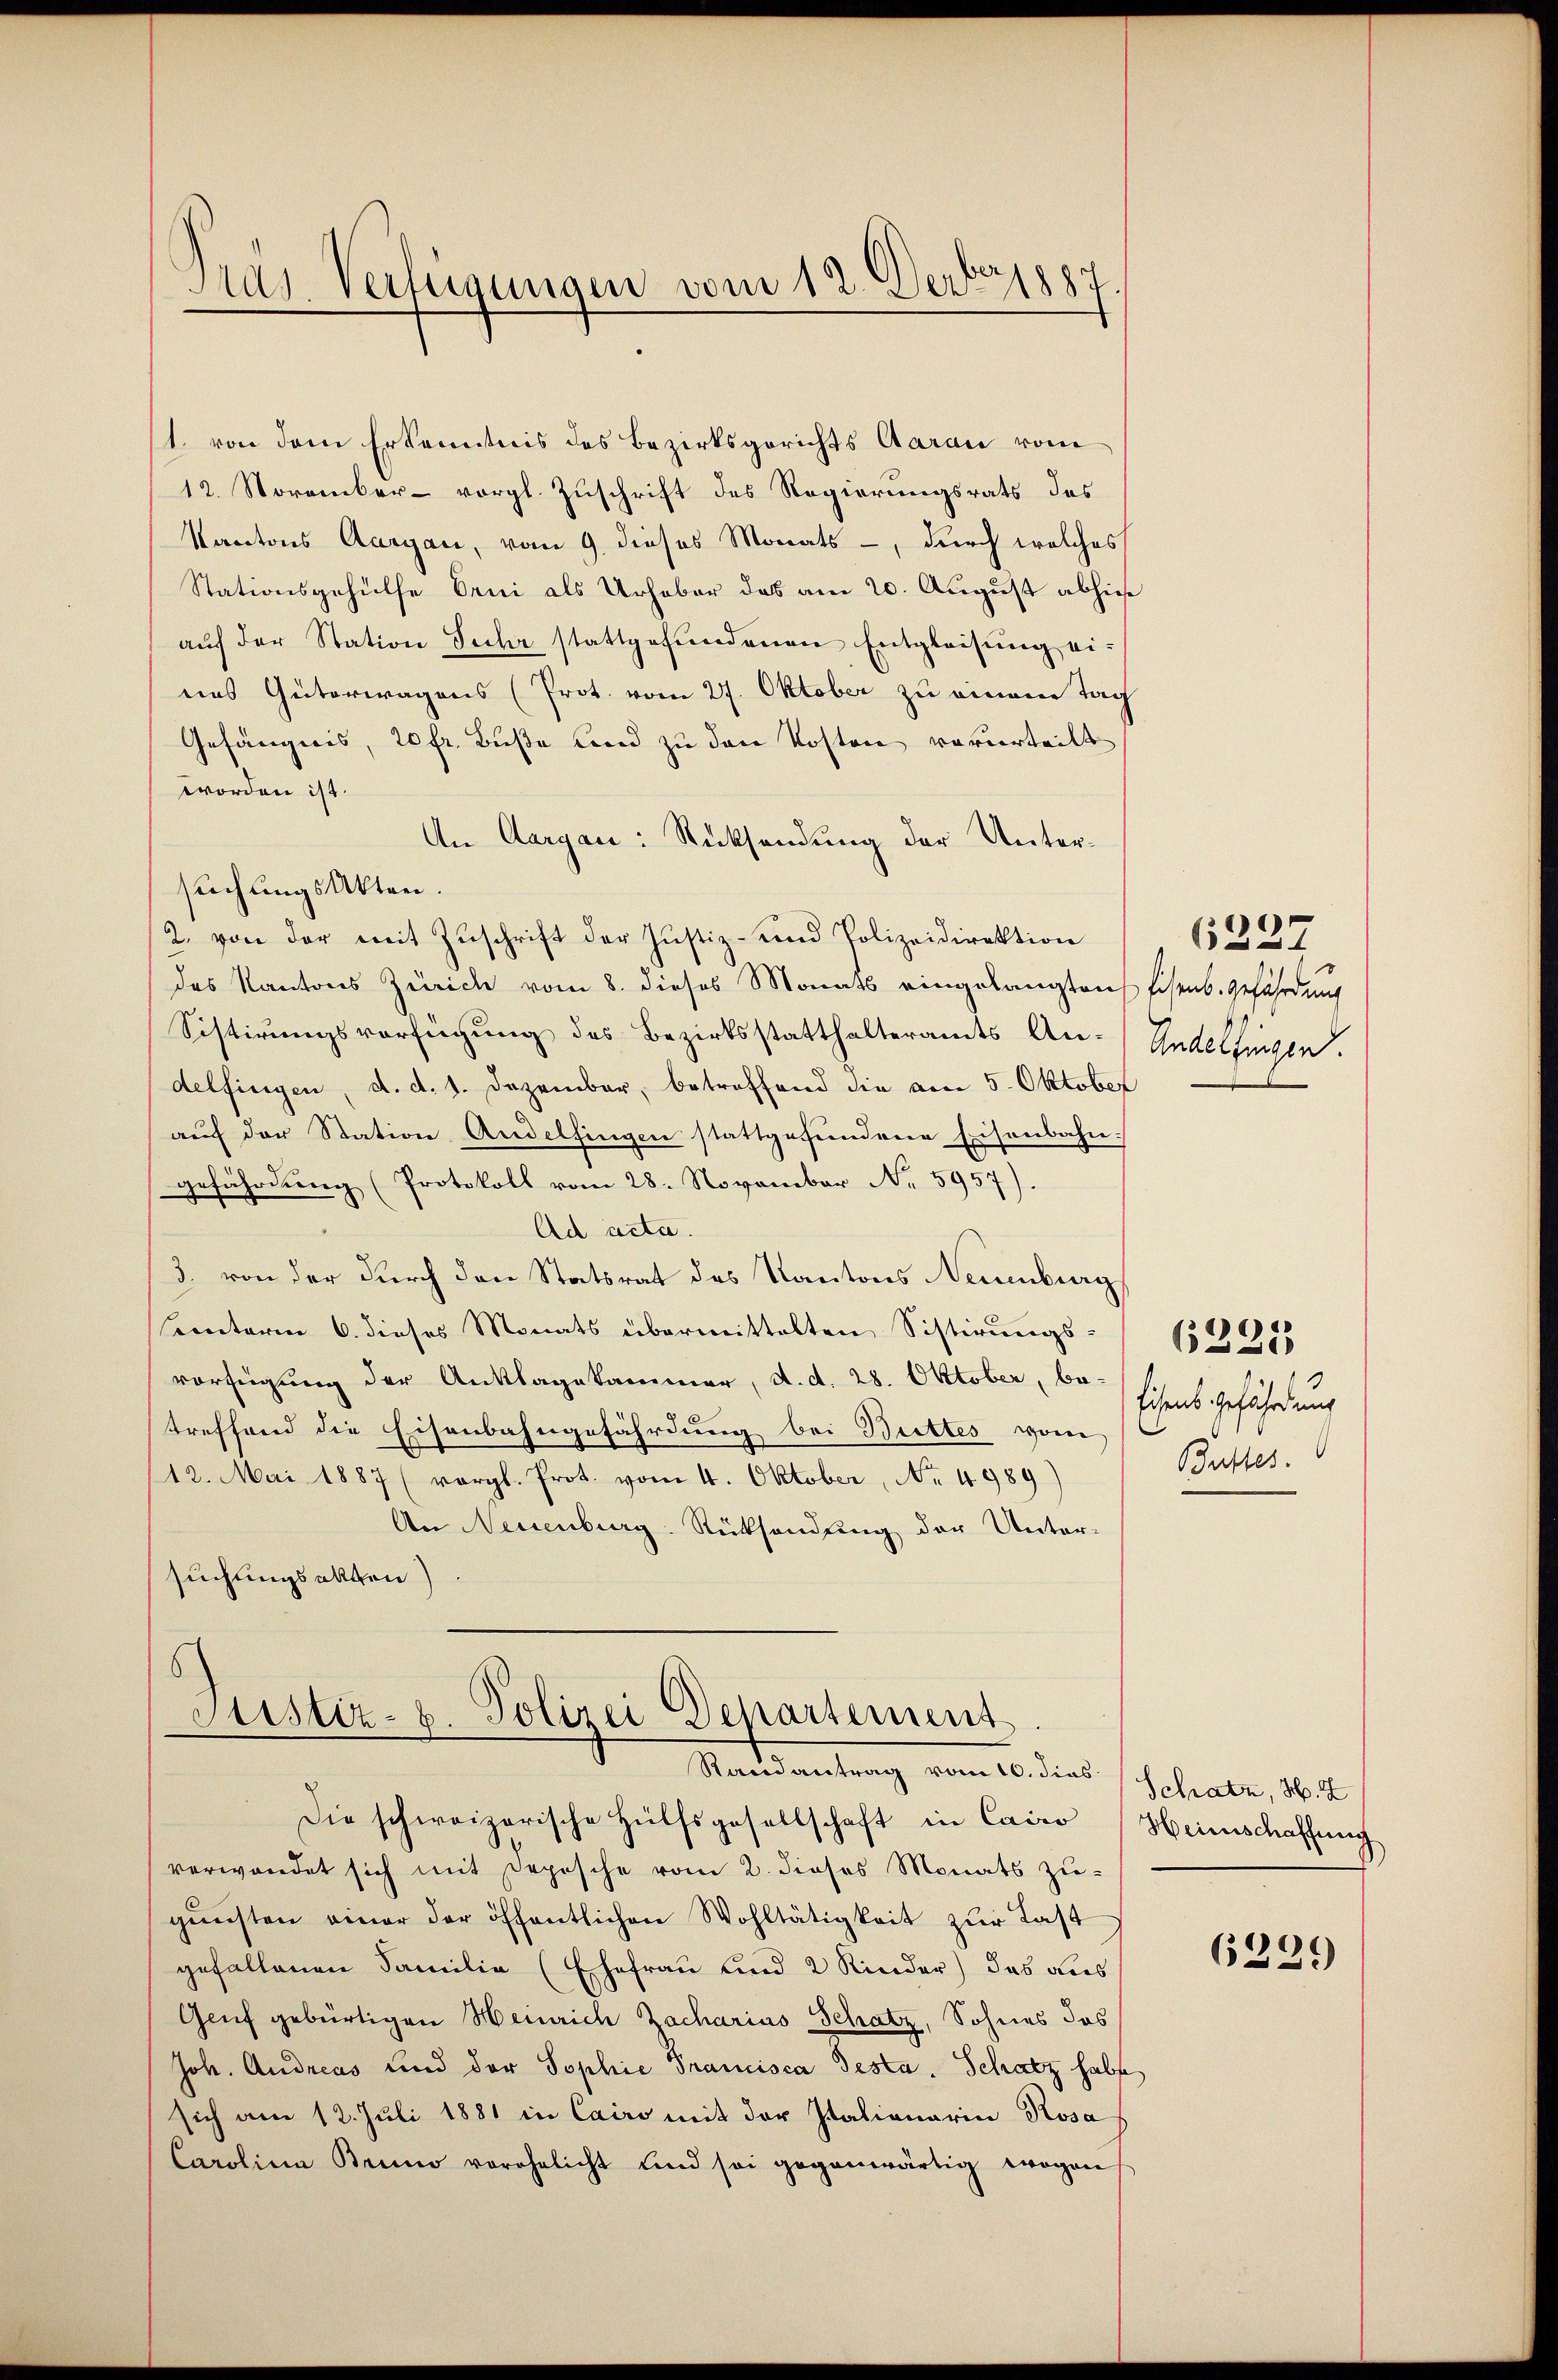
Gras Verfügungen vom 12. Decbr 1887

(1. von dem Erkenntnis des Bezirksgerichts Aarau vom
12. November - vorgl. Zuschrift des Regierungsrats des
Kantons Aargau, vom 9. dieses Monats-, durch welches
Stationsgehülfe beni als Urheber das am 20. August abhies
aŭf der Station Sehr stattgefundenen Entgleisung eines Güterwagens (Prot. vom 27. Oktober zu einem Tag
Gefängnis, 20 fr. Buße und zu den Kosten verurteilt
worden ist.
An Aargau: Rücksendung der Untersuchungs Akten.
2. von der mit Zŭschrift der Justiz- und Polizeidirektion
des Kantons Zürich vom 8. dieses Monats eingelangten schenb. gefährdung
Sistirungsverfügung des Bezirksstatthalteramts An-
delfingen, d. d. 1. Dezember, betreffend die am 5. Oktober
aŭf der Station Andelfingen stattgefundene Eisenbahngefährdung (Protokoll vom 28. November No. 5957).
Ad acta.
3. von der durch den Statsrat des Kantons Neuenburg
seiterm 6. dieses Monats übermittelten Sistirungs-
verfügung der Anklagekammer, d. d. 28. Oktober, be-
treffend die Eisenbahngefährdung bei Buttes vom
/12. Mai 1887 (vergl. Prot. vom 4. Oktober, No. 4989)
An Neuenburg. Rücksendung der Unter-
suchungsakten).

Justiz- & Polizei Departement
Mandantrag vom 16. dies Schatz, 18.

Andelfingen

Die schweizerische Hülfsgesellschaft in Cairo
verwendet sich mit Depesche vom 2. dieses Monats zu-
gŭnsten einer der öffentlichen Wohltätigkeit zŭr Last
gefallenen Familie (Ehefrau und 2 Kinder) das dies
Genf gebürtigen Heinrich Zacharins Schatz, Sohnes das
Joh. Andreas und der Sophie Francisca Testa. Schatz habe
sich am 12. Juli 1881 in Cairo mit der Italianaria Rosa
Carolina Bruno vorehelicht und sei gegenwärtig wegen

6237

Eisens gefährdung
Buttes.

6225

Heimschaffung

6229